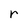
Character: r